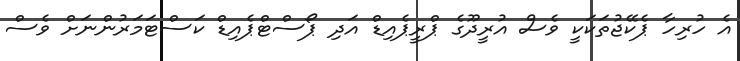
އެ ހުރިހާ ޕެކޭޖުތަކަކީ ވެސް އުރީދޫގެ ޕްރީޕެއިޑް އަދި ޕޯސްޓްޕެއިޑް ކަސްޓަމަރުންނަށް ވެސް